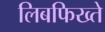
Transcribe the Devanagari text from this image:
लिबफिख्ते